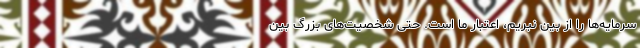
سرمایه‌ها را از بین نبریم، اعتبار ما است. حتی شخصیت‌های بزرگ بین‌